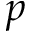
p